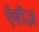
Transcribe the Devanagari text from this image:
ऐवीज़